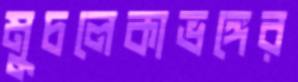
মুচলেকাভঙ্গের